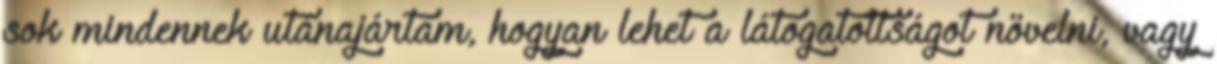
sok mindennek utánajártam, hogyan lehet a látogatottságot növelni, vagy